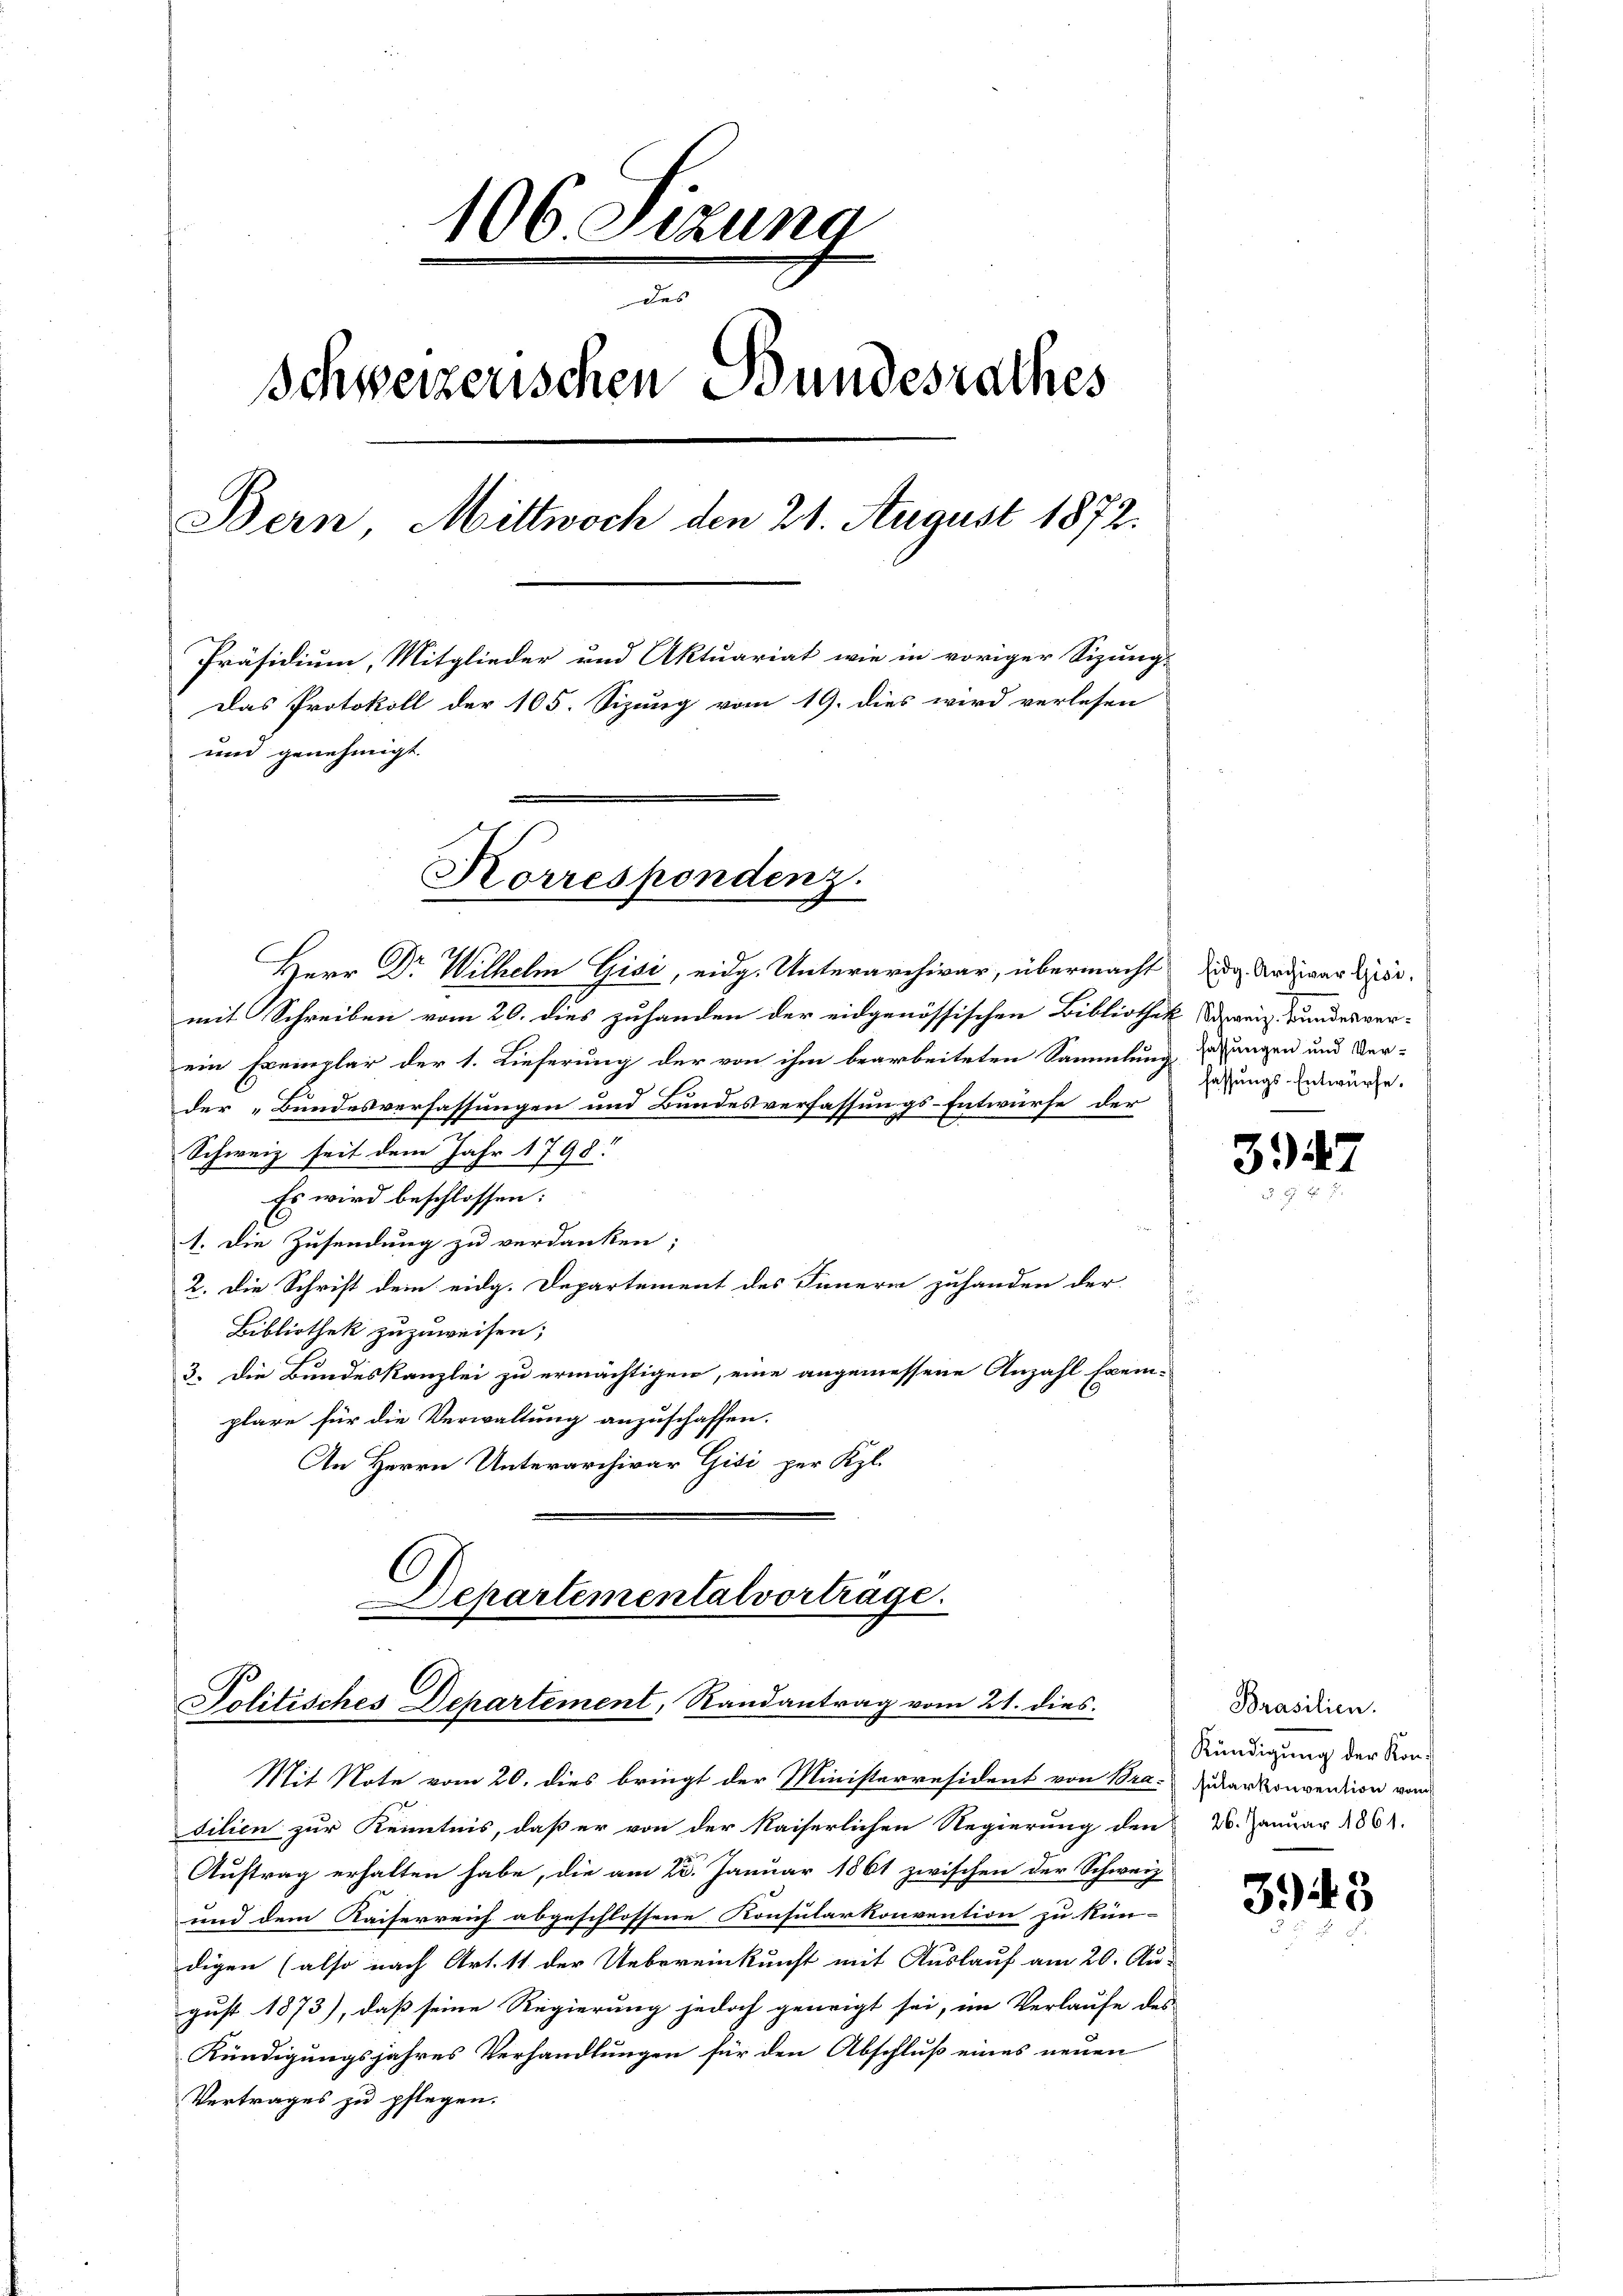
106. Sezung
des
Schweizerischen Bundesrathes
Bern, Mittwoch den 21. August 1872.
Präsidium, Mitglieder und Aktuariat wie in voriger Sizung-
Das Protokoll der 105. Sizung vom 19. dies wird verlesen
und genehmigt.

Korrespondenz.

Herr Dr Wilhelm Gisi, eidg. Unterarchivar, übermacht die Ardiger Licimit Schreiben vom 20. dies zuhanden der eidgenössischen Bibliothek, Straniz. Bundesverein Exemplar der 1. Lieferung der von ihm bearbeiteten Sammlung zu ungen und Ver-
der „Bundesverfassungen und Bundesverfassungs-Entwurfe der
Schweiz seit dem Jahr 1798.
Es wird beschlossen:
1. Die Zusendung zu verdanken;
2. Die Schrift dem eidg. Departement des Innern zuhanden der
Bibliothek zuzuweisen;
3. Die Bundeskanzlei zu ermächtigen, eine angemessene Anzahl frem-
plare für die Verwaltung anzuschaffen.
An Herrn Unterarchivar Gisi per Kgl.
C

Departemental vorträge.
Politisches Departement, Randantrag vom 21. dies

Mit Note vom 20. dies bringt der Ministerresident von Bra-Zudarkonvention vom
dilien zur Kenntnis, daß er von der Kaiserlichen Regierung den 20. Januar 1861.
Auftrag erhalten habe, die am 23. Januar 1861 zwischen der Schweiz
und dem Kaiserreich abgeschlossene Konsularkonvention zu kün-
digen (also nach Art. 11 der Uebereinkunft mit Auslauf am 20. Au-
gust 1873), daß seine Regierung jedoch geneigt sei, im Verlaufe des
Kündigungsjahres Verhandlungen für den Abschluß eines neuen
Vertrages zu pflegen.

fassungs-Entwürfe.

34

Brasilien.
Kündigung der Kon¬

3943